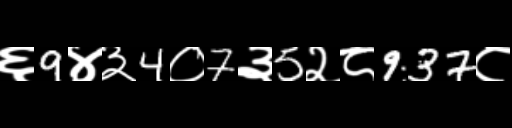
Text: ६9४३4०7३5२८937८